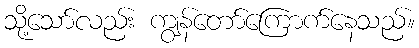
သို့သော်လည်း ကျွန်တော်ကြောက်နေသည်။